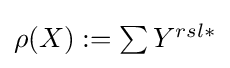
{\textstyle \rho (X):=\sum Y^{rsl\ast }}